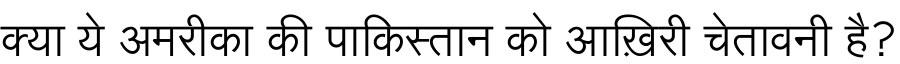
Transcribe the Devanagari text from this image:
क्या ये अमरीका की पाकिस्तान को आख़िरी चेतावनी है?